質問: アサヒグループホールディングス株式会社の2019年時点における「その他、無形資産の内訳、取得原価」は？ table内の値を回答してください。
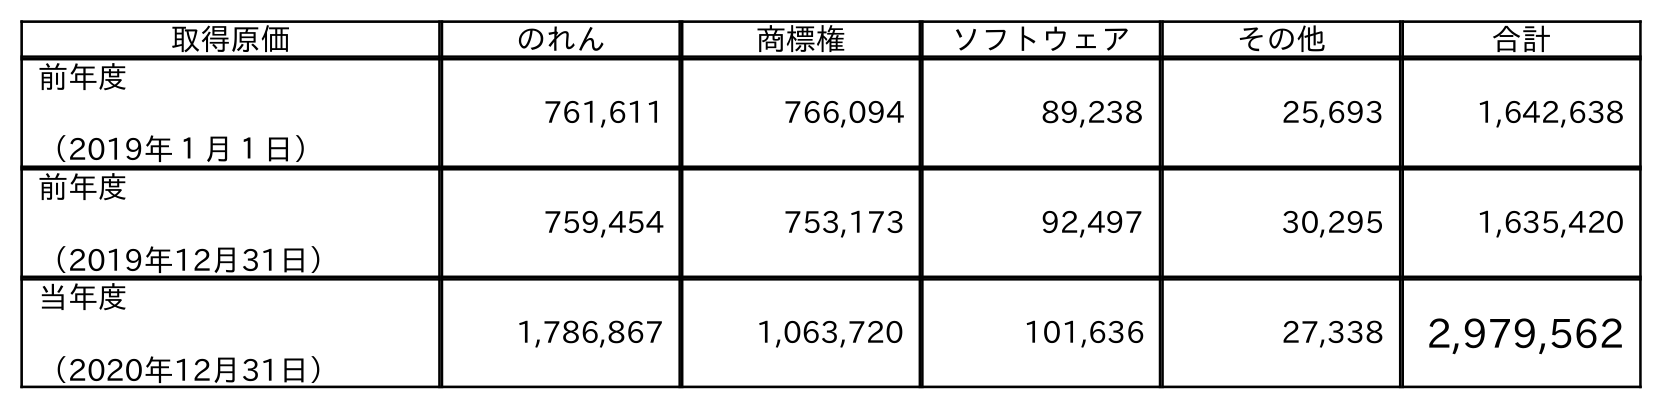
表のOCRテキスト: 取得原価 のれん 商標権 ソフトウェア その他 合計 前年度 （2019年１月１日） 761,611 766,094 89,238 25,693 1,642,638 前年度 （2019年12月31日） 759,454 753,173 92,497 30,295 1,635,420 当年度 （2020年12月31日） 1,786,867 1,063,720 101,636 27,338 2,979,562
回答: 30,295